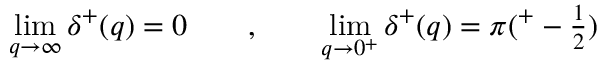
\operatorname * { l i m } _ { q \rightarrow \infty } \delta ^ { + } ( q ) = 0 \qquad , \qquad \operatorname * { l i m } _ { q \rightarrow 0 ^ { + } } \delta ^ { + } ( q ) = \pi ( \l ^ { + } - \textstyle \frac { 1 } { 2 } )